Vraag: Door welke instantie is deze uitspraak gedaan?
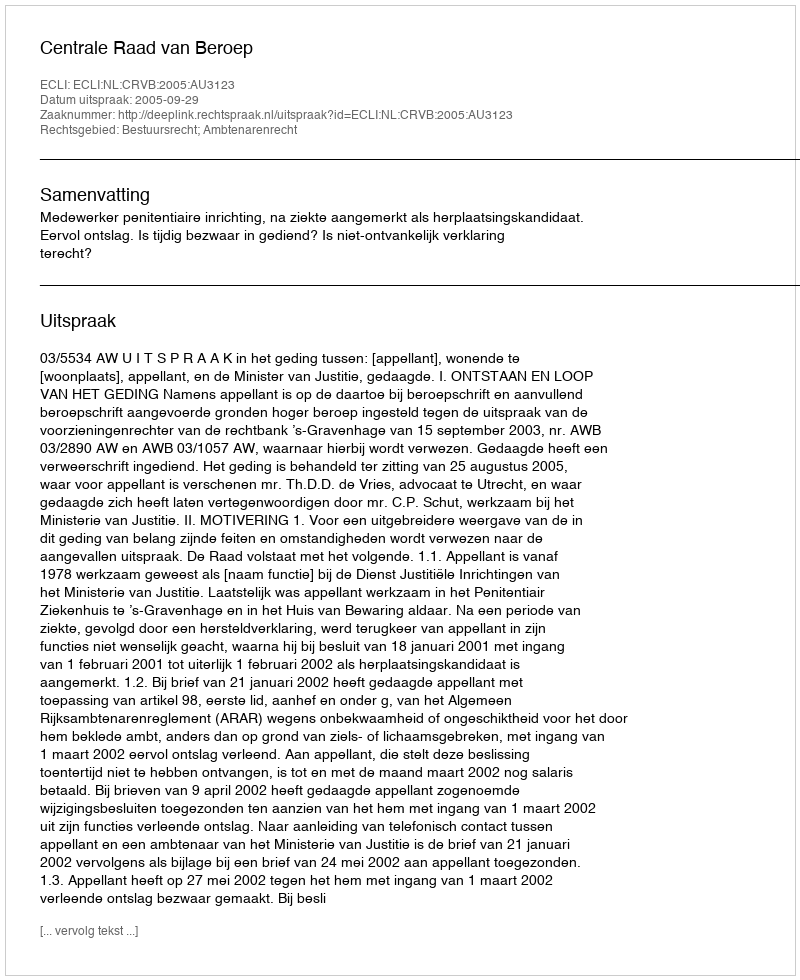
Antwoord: Centrale Raad van Beroep